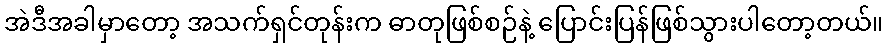
အဲဒီအခါမှာတော့ အသက်ရှင်တုန်းက ဓာတုဖြစ်စဉ်နဲ့ ပြောင်းပြန်ဖြစ်သွားပါတော့တယ်။